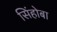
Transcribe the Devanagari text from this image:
सिंहोबा